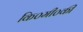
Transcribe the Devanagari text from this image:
कि०मी०की